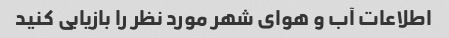
اطلاعات آب و هوای شهر مورد نظر را بازیابی کنید